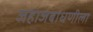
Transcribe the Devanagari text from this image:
जहाजबांधणीला